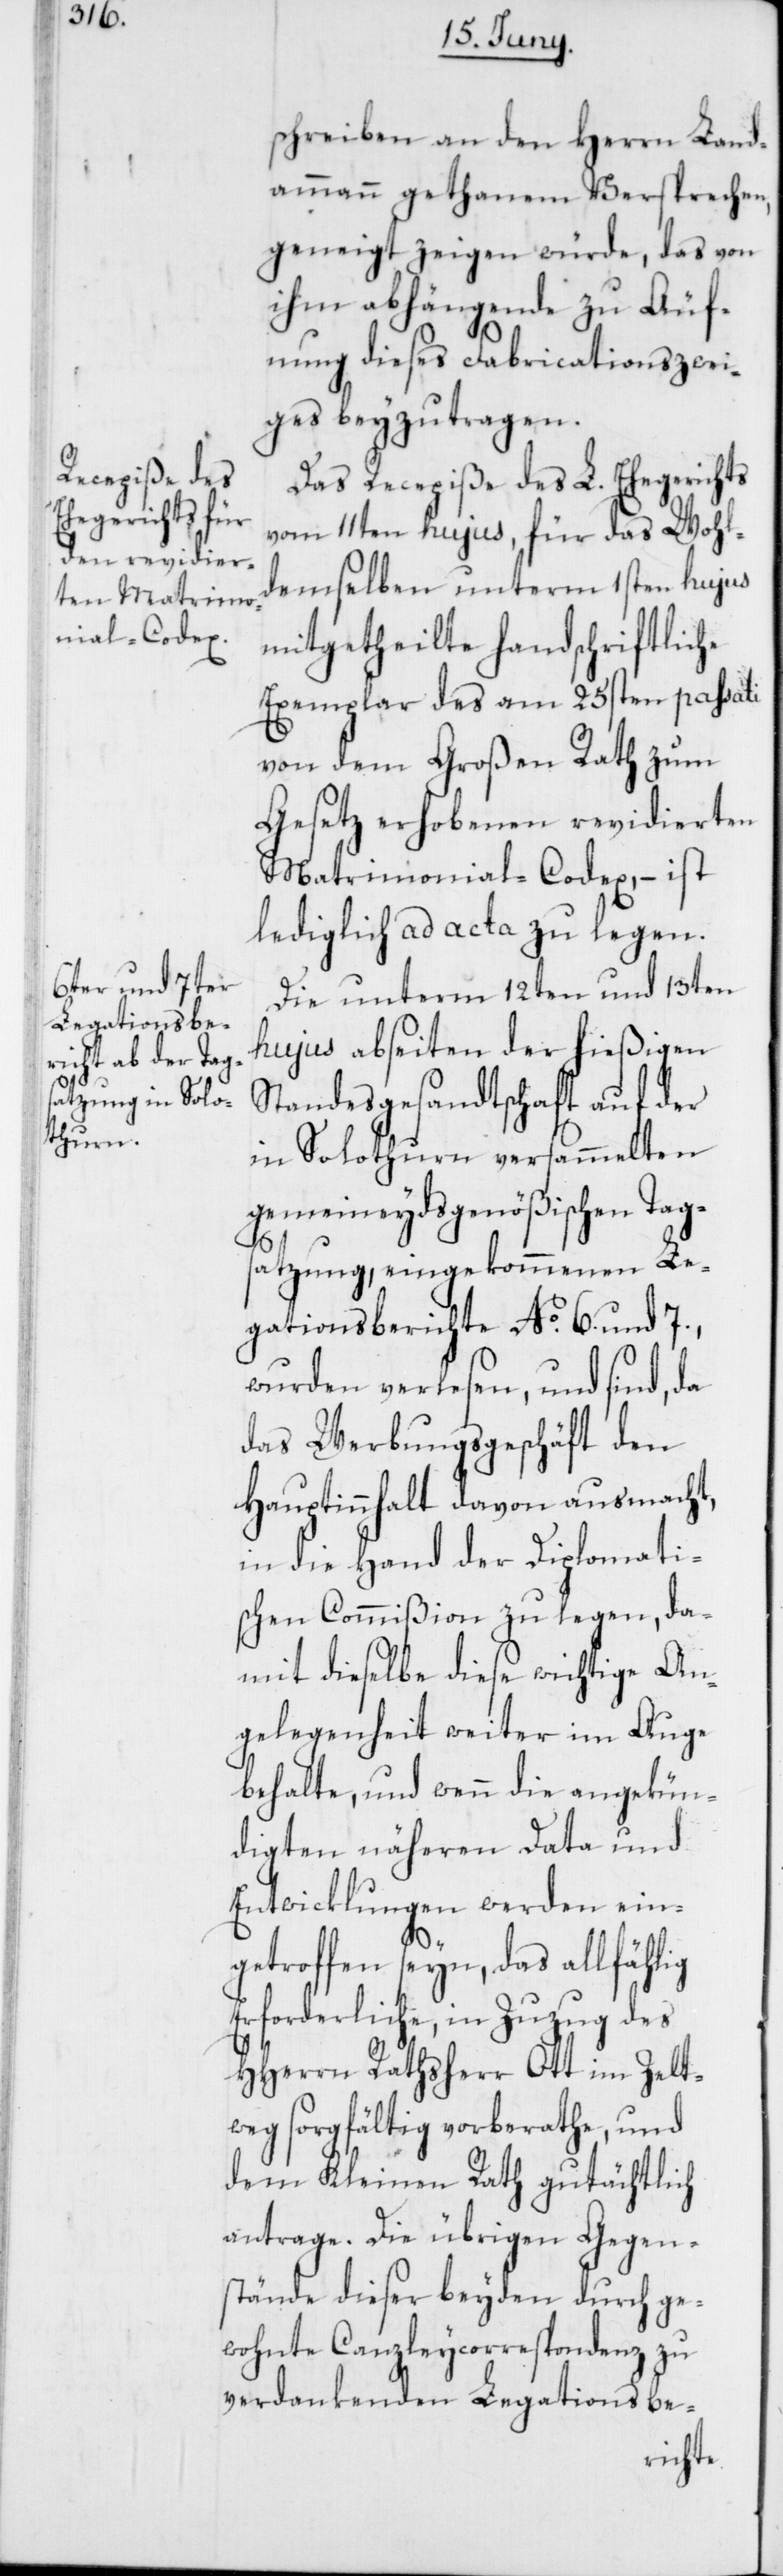
schreiben an den Herrn Land¬
ammann gethanem Versprechen,
geneigt zeigen würde, das von
ihm abhängende zu Äuf¬
nung dieses Fabricationszwei¬
ges beyzutragen.
Das Recepiße des L. Ehegerichts
vom 11ten hujus, für das Wohl¬
demselben unterm 1sten hujus
mitgetheilte handschriftliche
Exemplar des am 25sten passati
von dem Großen Rath zum
Gesetz erhobenen revidierten
Matrimonial-Codex, – ist
lediglich ad acta zu legen.
Die unterm 12ten und 13ten
hujus abseiten der hießigen
Standesgesandtschaft auf der
in Solothurn versammelten
gemeineydsgenößischen Tag¬
satzung, eingekommenen Le¬
gationsberichte No. 6. und 7.,
wurden verlesen, und sind, da
das Werbungsgeschäft den
Hauptinnhalt davon ausmacht,
in die Hand der Diplomati¬
schen Commißion zu legen, da¬
mit dieselbe diese wichtige An¬
gelegenheit weiter im Auge
behalte, und wenn die angekün¬
digten näheren Data und
Entwicklungen werden ein¬
getroffen seyn, das allfählig
Erforderliche, in Zuzug des
HHerrn Rathsherr Ott im Zelt¬
weg sorgfältig vorberathe, und
dem Kleinen Rathe gutächtlich
antrage. Die übrigen Gegen¬
stände dieser beyden durch ge¬
wohnte Canzleycorrespondenz zu
verdankenden Legationsbe-